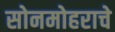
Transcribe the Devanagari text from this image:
सोनमोहराचे